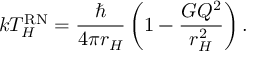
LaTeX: k T _ { H } ^ { \mathrm { R N } } = { \frac { \hbar } { 4 \pi r _ { H } } } \left( 1 - { \frac { G Q ^ { 2 } } { r _ { H } ^ { 2 } } } \right) .